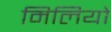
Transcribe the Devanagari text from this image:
मिलियो